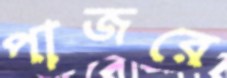
পাজরে